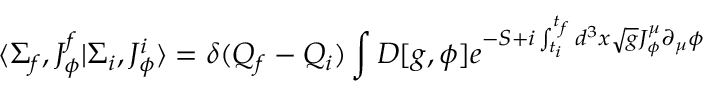
\langle \Sigma _ { f } , J _ { \phi } ^ { f } \vert \Sigma _ { i } , J _ { \phi } ^ { i } \rangle = \delta ( Q _ { f } - Q _ { i } ) \int D [ g , \phi ] { e ^ { - S + i \int _ { t _ { i } } ^ { t _ { f } } d ^ { 3 } x \sqrt { g } J _ { \phi } ^ { \mu } \partial _ { \mu } \phi } }